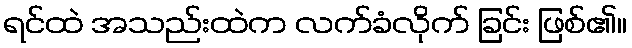
ရင်ထဲ အသည်းထဲက လက်ခံလိုက် ခြင်း ဖြစ်၏။